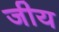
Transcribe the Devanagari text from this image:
जीय